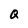
Character: Q